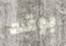
بوقت